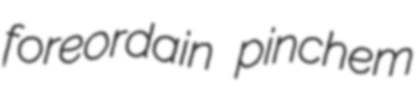
foreordain pinchem